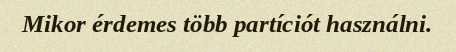
Mikor érdemes több partíciót használni.